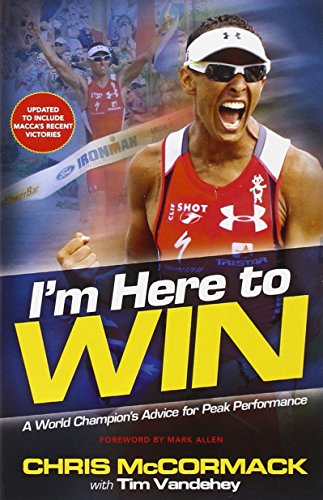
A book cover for I'm Here to Win: A World Champion's Advice for Peak Performance; Chris McCormack; Health, Fitness & Dieting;